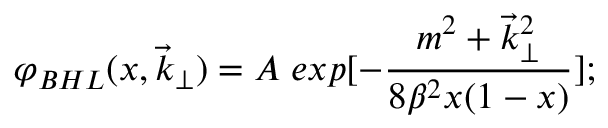
\varphi _ { B H L } ( x , \vec { k } _ { \perp } ) = A \; e x p [ - \frac { m ^ { 2 } + \vec { k } _ { \perp } ^ { 2 } } { 8 \beta ^ { 2 } x ( 1 - x ) } ] ;